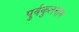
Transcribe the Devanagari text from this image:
पुर्वकुलनाम